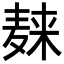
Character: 𪎌